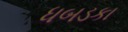
ધબડકા